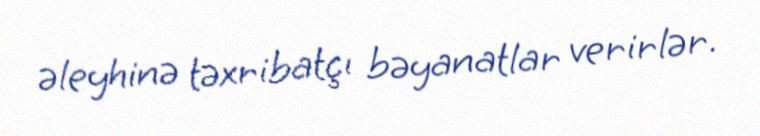
əleyhinə təxribatçı bəyanatlar verirlər.